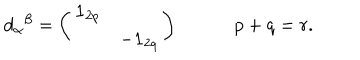
LaTeX: d _ { \alpha } { } ^ { \beta } = \left( \begin{matrix} { { { \bf { 1 } } _ { 2 p } } } & { { } } \\ { { } } & { { - { \bf { 1 } } _ { 2 q } } } \\ \end{matrix} \right) \qquad \quad p + q = r .